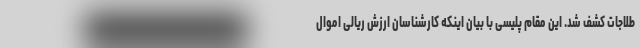
طلاجات کشف شد. این مقام پلیسی با بیان اینکه کارشناسان ارزش ریالی اموال